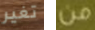
تغير من